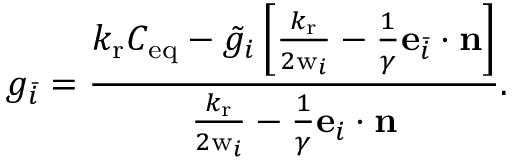
g _ { \bar { i } } = \frac { { k _ { \mathrm { r } } C _ { \mathrm { e q } } - \tilde { g } _ { i } \left[ { { \frac { k _ { \mathrm { r } } } { 2 \mathrm { w } _ { i } } } - \frac { 1 } { \gamma } \mathbf { e } _ { \bar { i } } \cdot \mathbf { n } } \right] } } { { { \frac { k _ { \mathrm { r } } } { 2 \mathrm { w } _ { i } } } - \frac { 1 } { \gamma } \mathbf { e } _ { i } \cdot \mathbf { n } } } .